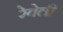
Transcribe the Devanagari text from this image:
रेवेली